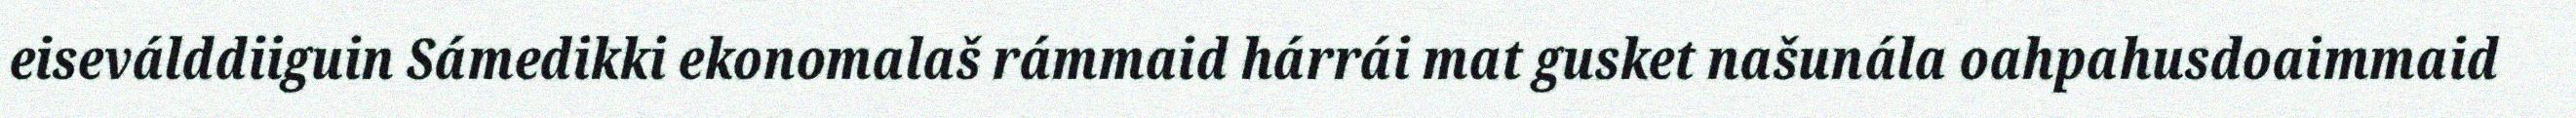
eiseválddiiguin Sámedikki ekonomalaš rámmaid hárrái mat gusket našunála oahpahusdoaimmaid